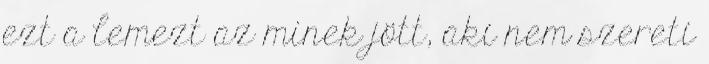
ezt a lemezt az minek jött, aki nem szereti